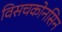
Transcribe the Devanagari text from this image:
विसचकोनसिन